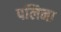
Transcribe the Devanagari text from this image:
पलिना